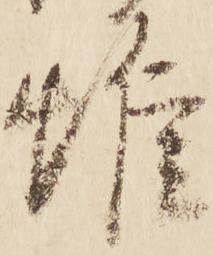
帷